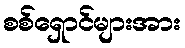
စစ်ရှောင်များအား